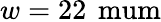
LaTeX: w=22\, \mathrm{\ mum}